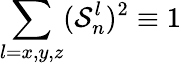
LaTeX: \sum_{l=x,y,z}(\mathcal{S}_{n}^{l})^{2}\equiv 1